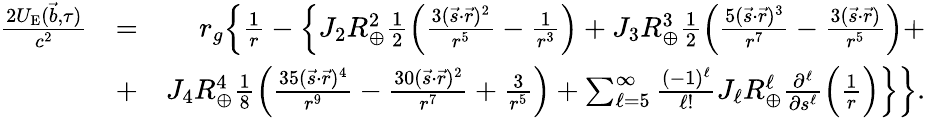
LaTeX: \begin{array}{rlr}{\frac{2U_{\mathrm{E}}({\vec{b}},\tau)}{c^{2}}}&{=}&{r_{g}\Big\{ \frac{1}{r}-\Big\{ J_{2}R_{\oplus}^{2}\frac{1}{2}\Big(\frac{3({\vec{s}}\cdot{\vec{r}})^{2}}{r^{5}}-\frac{1}{r^{3}}\Big)+J_{3}R_{\oplus}^{3}\frac{1}{2}\Big(\frac{5({\vec{s}}\cdot{\vec{r}})^{3}}{r^{7}}-\frac{3({\vec{s}}\cdot{\vec{r}})}{r^{5}}\Big)+}\\ &{+}&{J_{4}R_{\oplus}^{4}\frac{1}{8}\Big(\frac{35({\vec{s}}\cdot{\vec{r}})^{4}}{r^{9}}-\frac{30({\vec{s}}\cdot{\vec{r}})^{2}}{r^{7}}+\frac{3}{r^{5}}\Big)+\sum_{\ell=5}^{\infty}\frac{(-1)^{\ell}}{\ell!}J_{\ell}R_{\oplus}^{\ell}\frac{\partial^{\ell}}{\partial s^{\ell}}\Big(\frac{1}{r}\Big)\Big\} \Big\} .}\end{array}